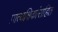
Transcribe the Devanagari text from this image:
प्रात्यक्षिकांसहित